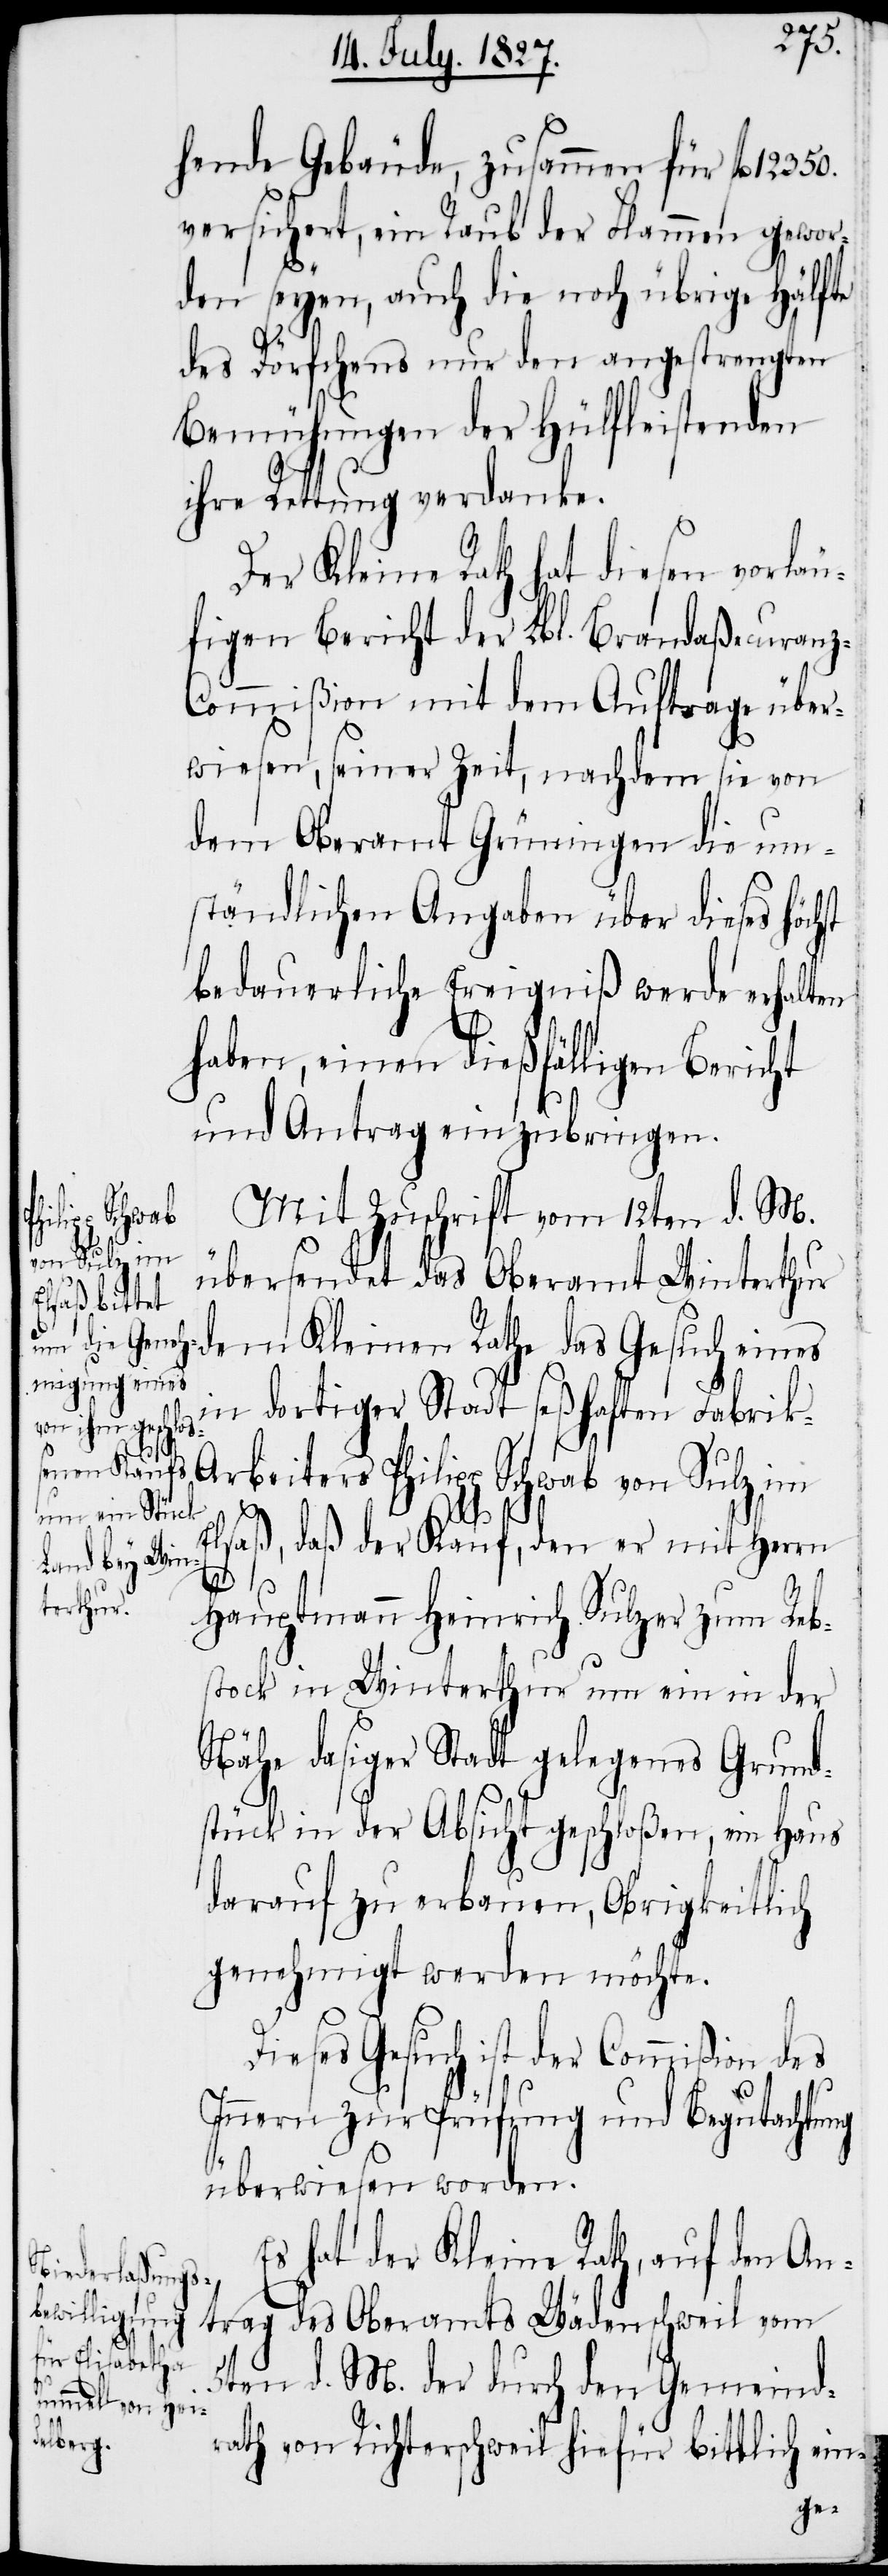
12350.
hende Gebäude, zusammen für fl.
versichert, ein Raub der Flammen gewor¬
den seyen, auch die noch übrige Hälfte
des Dörfchens nur den angestrengten
Bemühungen der Hülfeleistenden
ihre Rettung verdanke.
Der Kleine Rath hat diesen vorläu¬
figen Bericht der Lbl. Brandaßecuranz-C¬
ommißion mit dem Auftrage über¬
wiesen, seiner Zeit, nachdem sie von
dem Oberamt Grüningen die um¬
ständlichen Angaben über dieses höchst
bedauerliche Ereigniß werde erhalten
haben, einen dießfälligen Bericht
und Antrag einzubringen.
Mit Zuschrift vom 12ten d. M.
übersendet das Oberamt Winterthur
dem Kleinen Rathe das Gesuch eines
in dortiger Stadt seßhaften Fabrik-A¬
rbeiters Philipp Schwab von Sulz im
Elsaß, daß der Kauf, den er mit Herrn
Hauptmann Heinrich Sulzer zum Reb¬
stock in Winterthur um ein in der
Nähe dasiger Stadt gelegenes Grund¬
stück in der Absicht geschloßen, ein Haus
darauf zu erbauen, Obrigkeitlich
genehmigt werden möchte.
Dieses Gesuch ist der Commißion des
Innern zur Prüfung und Begutachtung
überwiesen worden.
Es hat der Kleine Rath, auf den An¬
trag des Oberamtes Wädenschweil vom
5ten d. M. der durch den Gemeind¬
rath von Richterschweil hiefür bittlich ein-